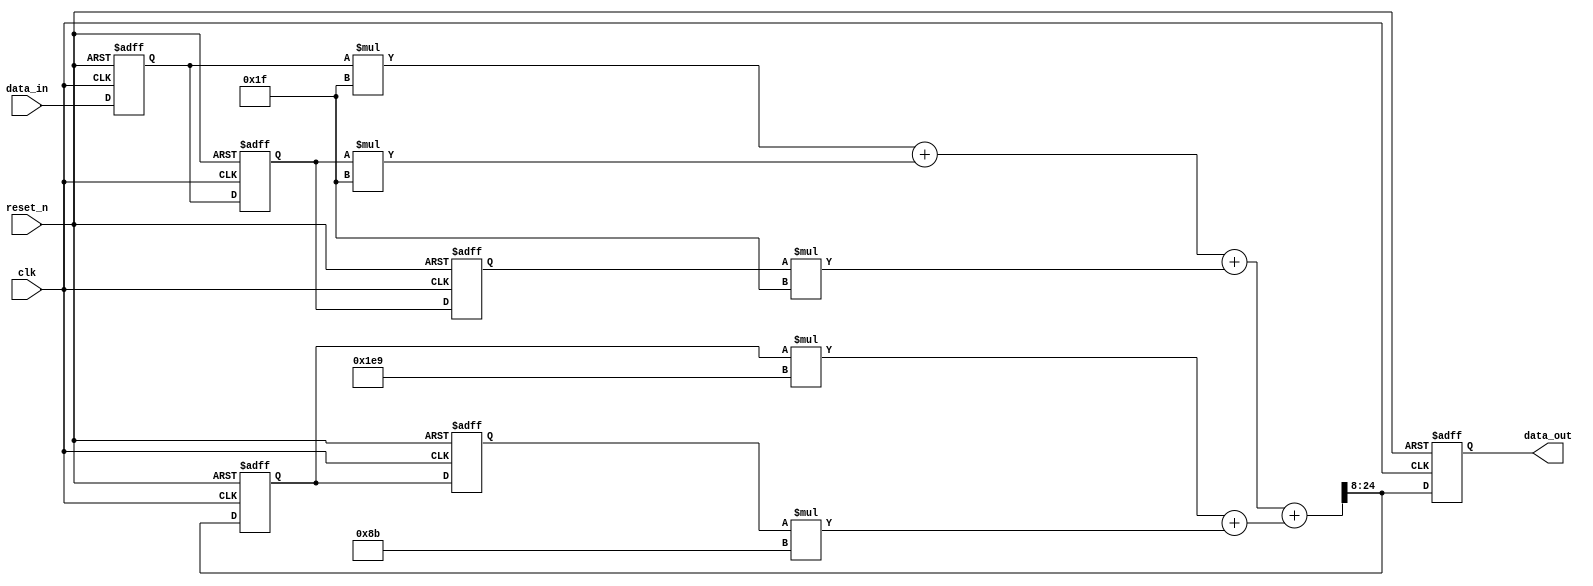
`timescale 1ns / 1ps
//////////////////////////////////////////////////////////////////////////////////
// Company: 
// Engineer: 
// 
// Design Name: 
// Module Name: IIR_filter
// Project Name: 
// Target Devices: 
// Tool Versions: 
// Description: 
// 
// Dependencies: 
// 
// Revision:
// Revision 0.01 - File Created
// Additional Comments:
// 
//////////////////////////////////////////////////////////////////////////////////


module IIR_filter(
    input clk,
    input reset_n,
    input signed  [1:-6] data_in,
    output signed [1:-15] data_out
    );
    //scale
    wire signed [-9:-19] x_mul_0;
    wire signed [-8:-18] x_mul_1;
    wire signed [-9:-19] x_mul_2;
    
    wire signed [2:-23] y_mul_1;
    wire signed [2:-22] y_mul_2;
    
    //summing
    wire signed [-6:-16] x_sum;
    wire signed [3:-23]  y_sum;
    wire signed [3:-23]  y_sum_out;
    
    // coefficients
    // x coefficients
    wire [-11:-15] a_0 = 5'b11111;  //U[-10,5]
    wire [-10:-14] a_1 = 5'b11111;  //U[-9,5]
    wire [-11:-15] a_2 = 5'b11111;  //U[-10,5]
    // y coefficients
    wire [1:-8] b_1 = 9'b111101001; //U[1,8]
    wire signed [1:-7] b_2 = 8'b10001011; //S[1,7]
    
    // input register
    reg [1:-6] x0;
    // output register
    reg [1:-15] y;
    //delay
    reg signed [1:-6] x1,x2;
    reg signed [1:-15] y1,y2;
    
    always @(posedge clk, negedge reset_n)
        begin
            if(~reset_n)
                begin
                    x0 <= 8'b0;
                    x1 <= 8'b0;
                    x2 <= 8'b0;
                    y  <= 17'b0;
                    y1 <= 17'b0;
                    y2 <= 17'b0;
                end 
            else
                begin
                    x0 <= data_in;
                    x1 <= x0;
                    x2 <= x1;
                    y  <= y_sum_out[1:-15];
                    y1 <= y_sum_out[1:-15];
                    y2 <= y1;
                end
        end
    
    // multiplication
    assign x_mul_0 = x0*a_0;
    assign x_mul_1 = x1*a_1;
    assign x_mul_2 = x2*a_2;
    
    assign y_mul_1 = y1*b_1;
    assign y_mul_2 = y2*b_2; 
   
   // summation
   assign x_sum = x_mul_0 + x_mul_1 + x_mul_2;
   assign y_sum = y_mul_1 + y_mul_2;
   
   assign y_sum_out = x_sum + y_sum;
   assign data_out = y;
    
    
    
endmodule